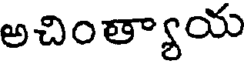
అచింత్యాయ